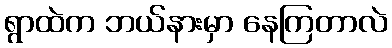
ရွာထဲက ဘယ်နားမှာ နေကြတာလဲ